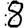
Digit: 8